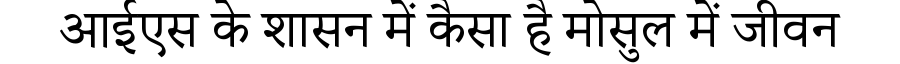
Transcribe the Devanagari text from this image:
आईएस के शासन में कैसा है मोसुल में जीवन